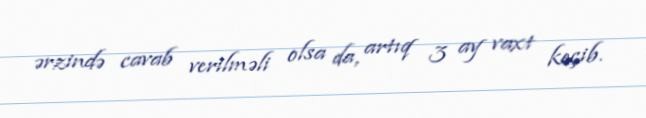
ərzində cavab verilməli olsa da, artıq 3 ay vaxt keçib.